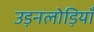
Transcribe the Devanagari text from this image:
उड़नलोड़ियाँ